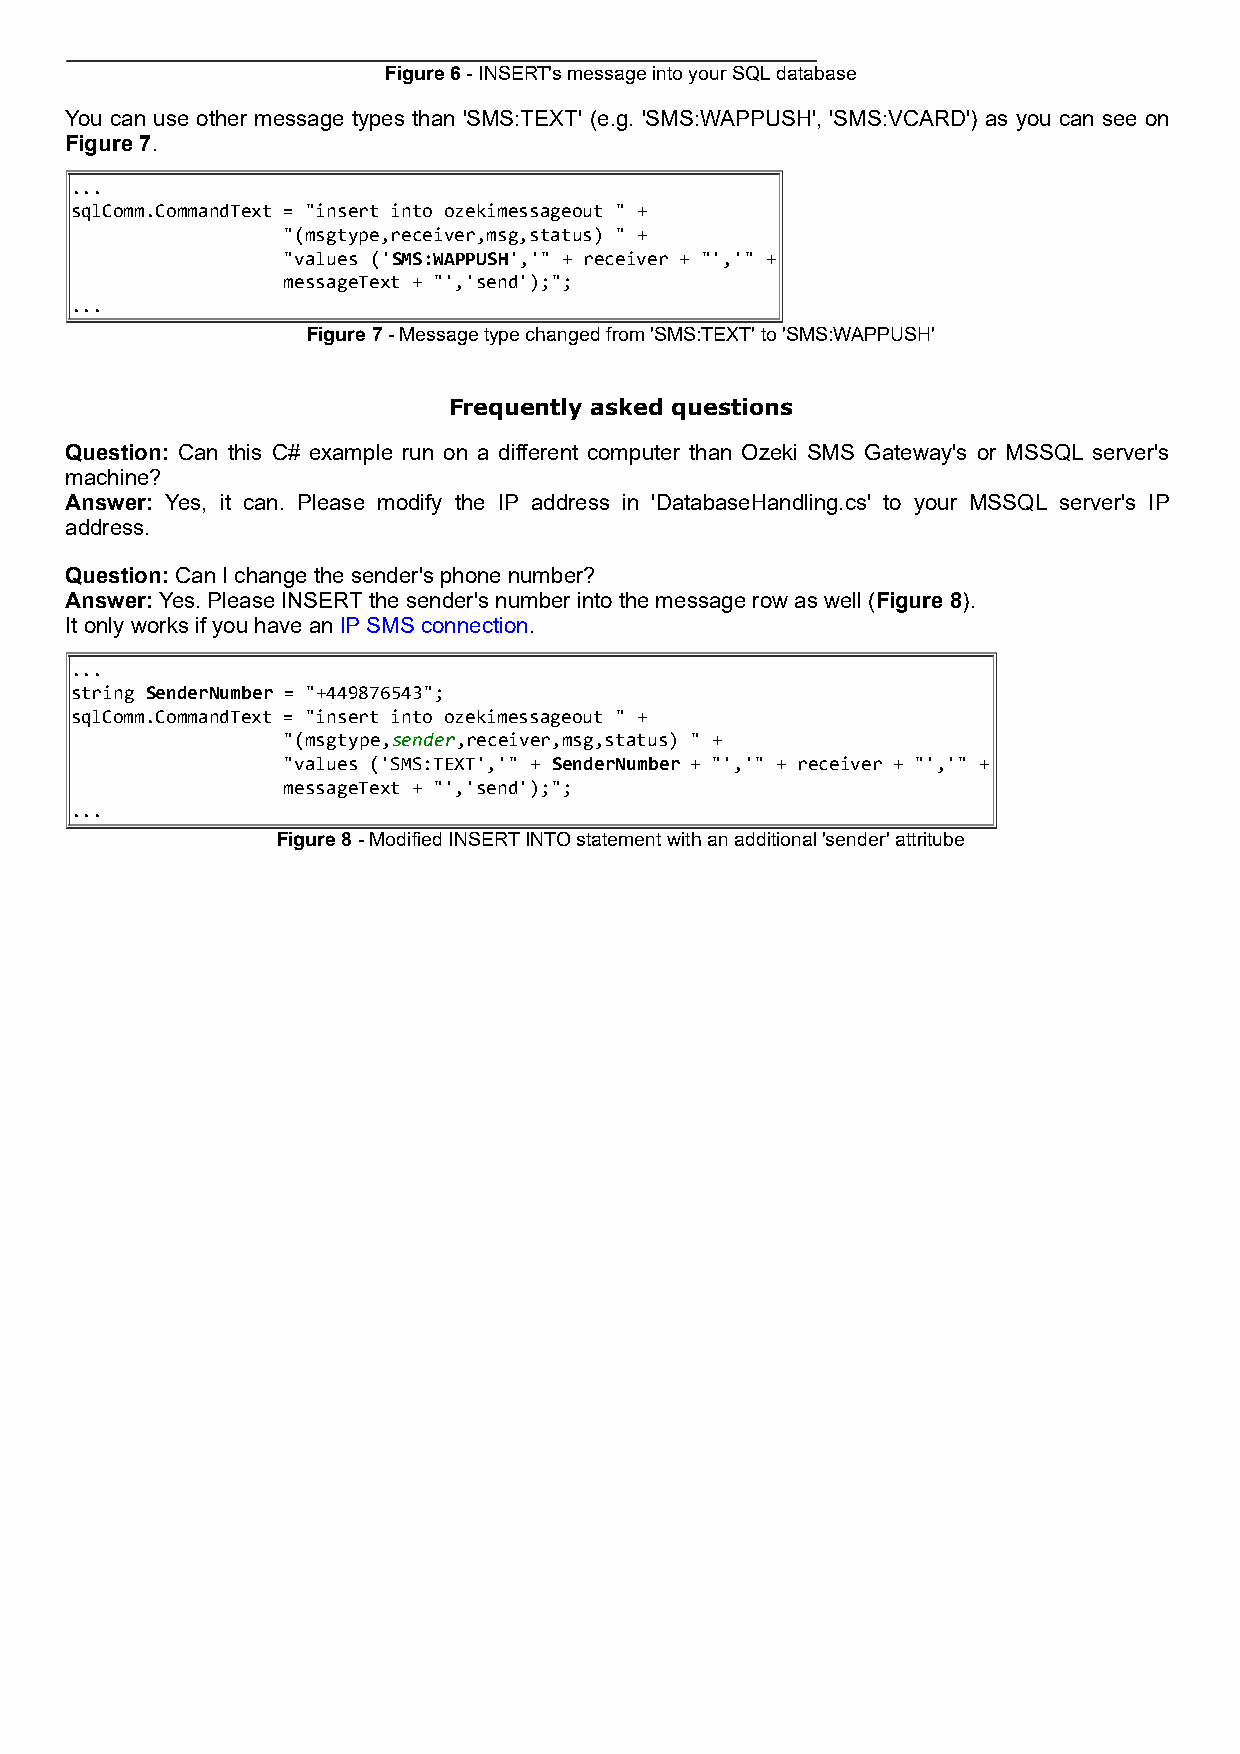
Figure 6 - INSERT's message into your SQL database
 You can use other message types than 'SMS:TEXT' (e.g. 'SMS:WAPPUSH', 'SMS:VCARD') as you can see on
 Figure 7.
 ...
 sqlComm.CommandText = "insert into ozekimessageout " +
 "(msgtype,receiver,msg,status) " +
 "values ('SMS:WAPPUSH','" + receiver + "','" +
 messageText + "','send');";
 ...
 Figure 7 - Message type changed from 'SMS:TEXT' to 'SMS:WAPPUSH'
 Frequently asked questions
 Question: Can this C# example run on a different computer than Ozeki SMS Gateway's or MSSQL server's
 machine?
 Answer: Yes, it can. Please modify the IP address in 'DatabaseHandling.cs' to your MSSQL server's IP
 address.
 Question: Can I change the sender's phone number?
 Answer: Yes. Please INSERT the sender's number into the message row as well (Figure 8).
 It only works if you have an IP SMS connection.
 ...
 string SenderNumber = "+449876543";
 sqlComm.CommandText = "insert into ozekimessageout " +
 "(msgtype,sender,receiver,msg,status) " +
 "values ('SMS:TEXT','" + SenderNumber + "','" + receiver + "','" +
 messageText + "','send');";
 ...
 Figure 8 - Modified INSERT INTO statement with an additional 'sender' attritube